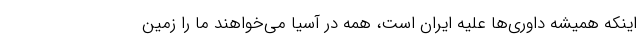
اینکه همیشه داوری‌ها علیه ایران است، همه در آسیا می‌خواهند ما را زمین